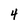
Character: 4